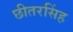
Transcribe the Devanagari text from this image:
छीतरसिंह